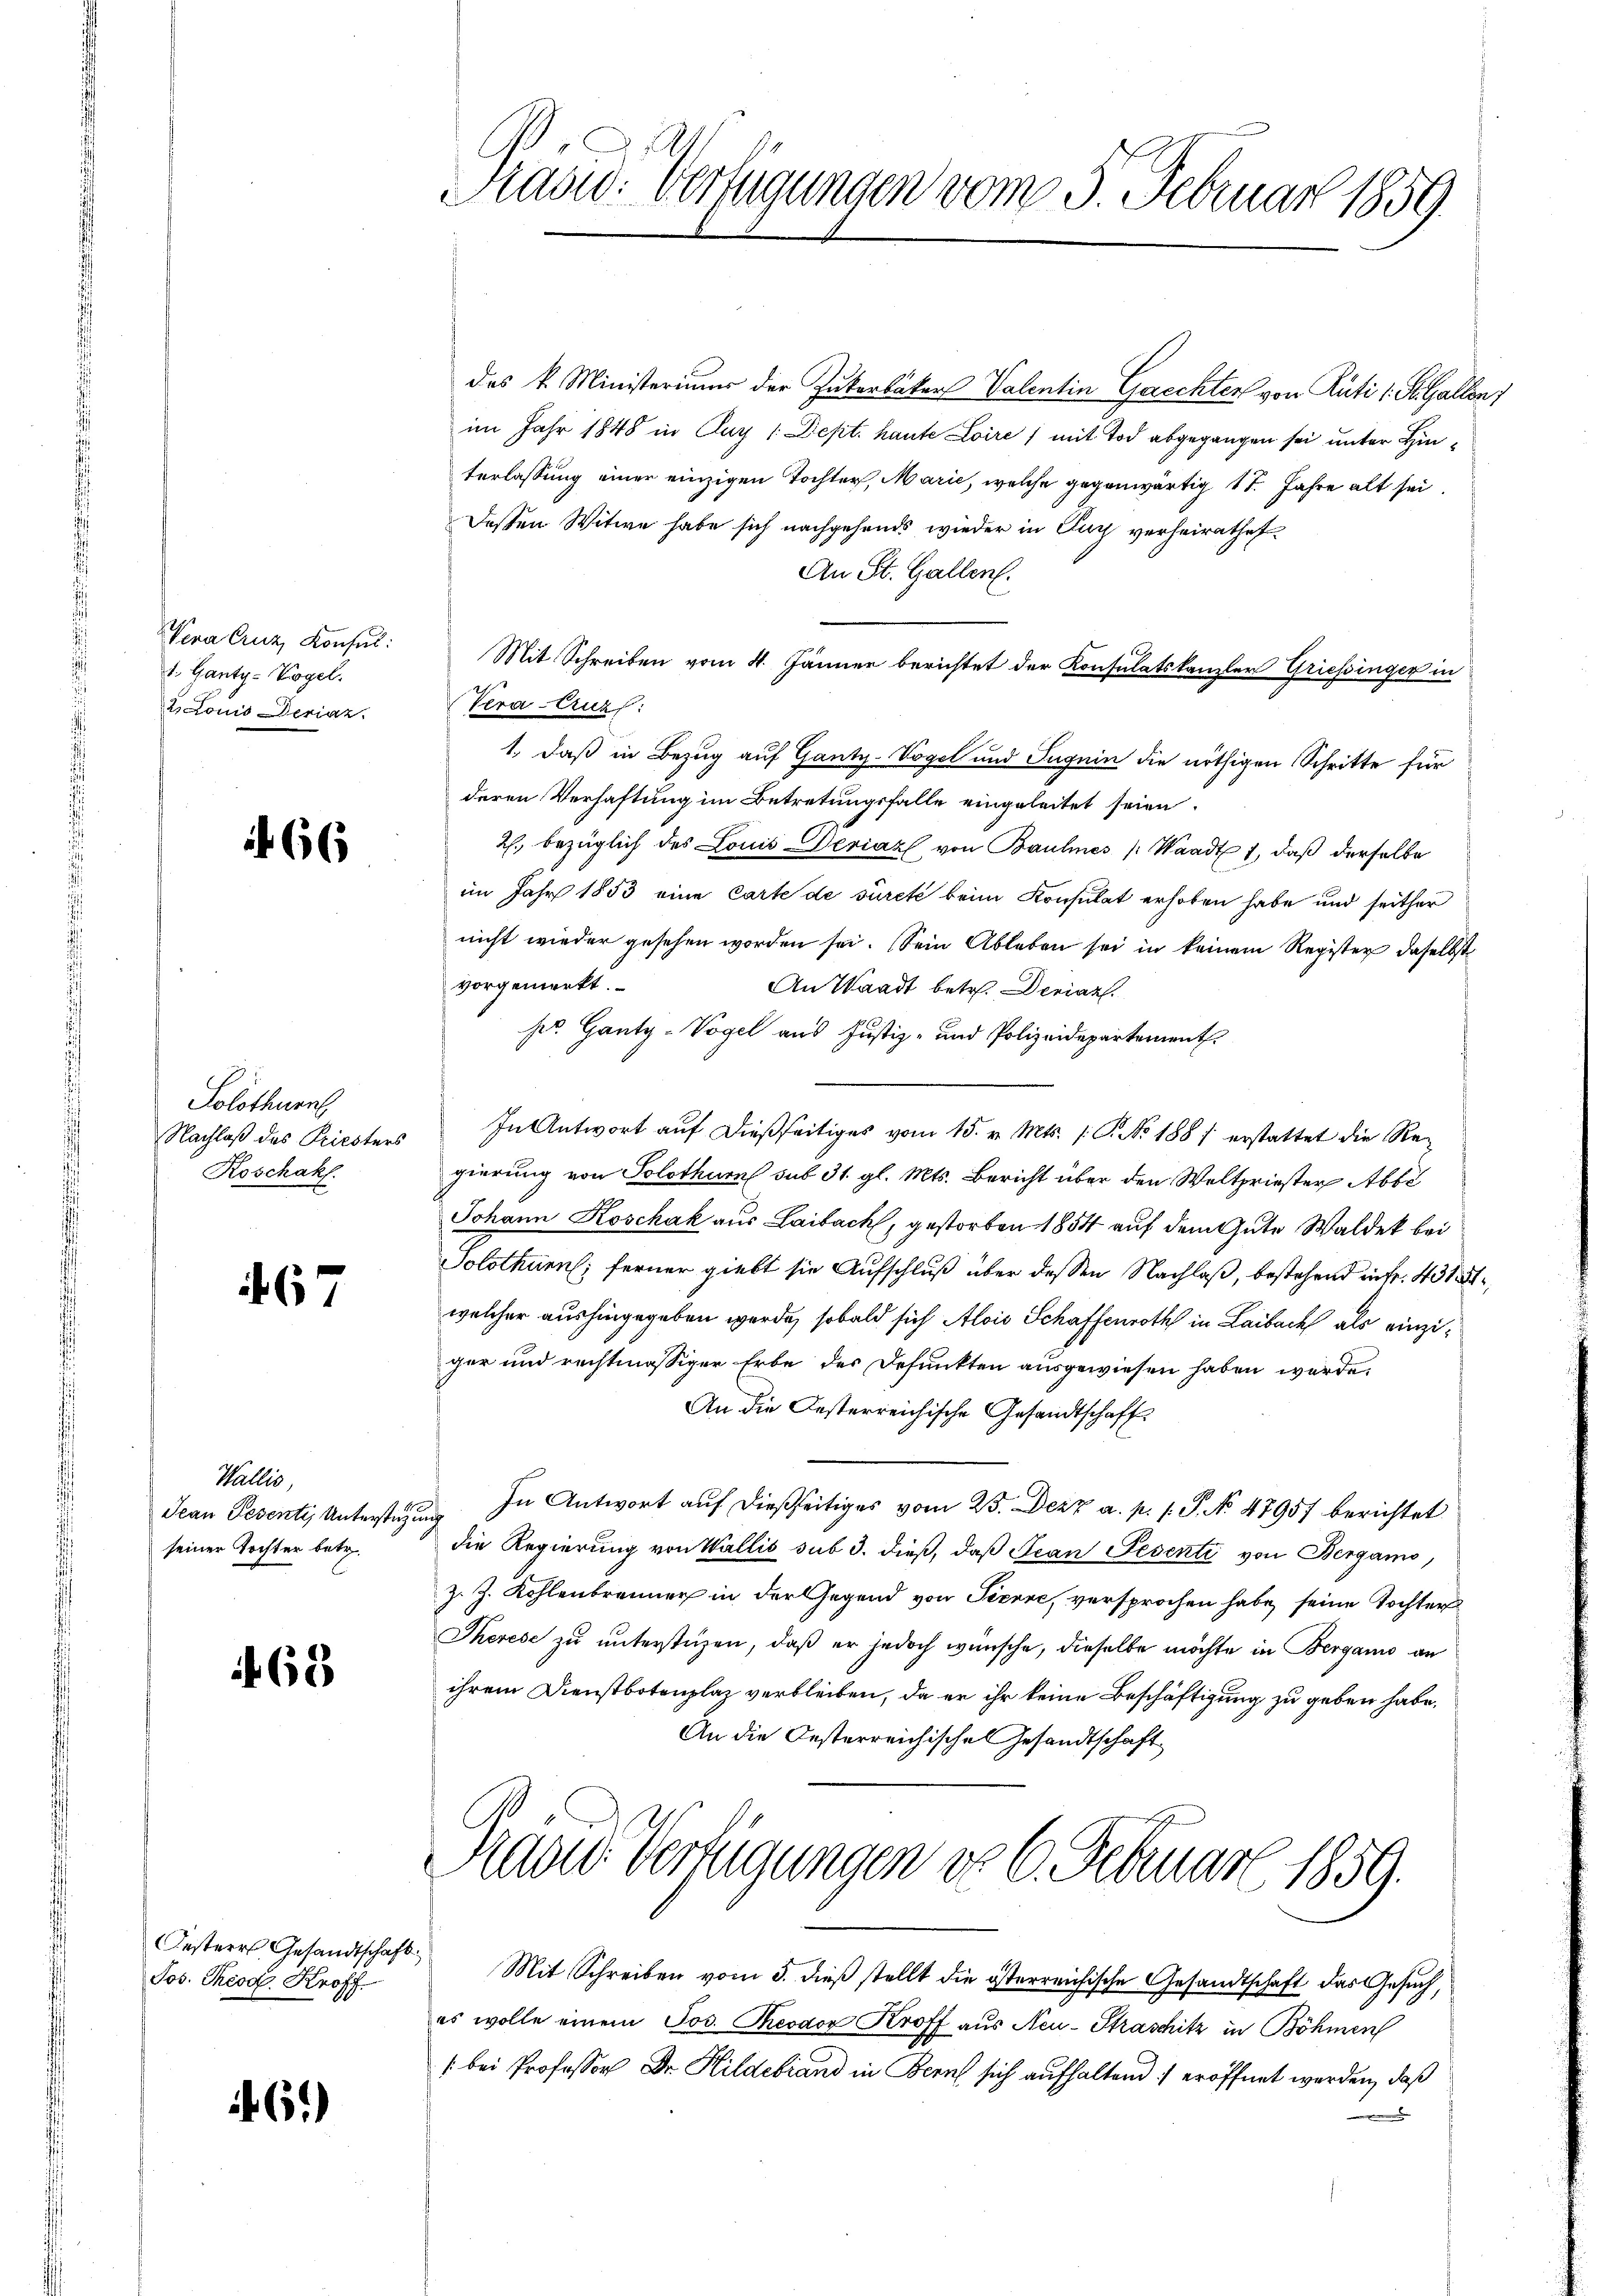
Sera Cuz, Konsul:
1. Ganty-Vogel.
2. Louis Derian.

66

Solothurn
Roschakl.

467

Wallis,
Jean Pesenti, Unterstüzung
seiner Tochter betr.

68

Jos. Theod. Kroff

61)

Radw. Verfügungen vom 3. Februar 1859

des k. Ministeriums der Zukerbäcker Valentin Gaechter von Rüti 1. St. Gallen)
im Jahr 1848 in Day (Dept. haute Loire / mit Tod abgegangen sei unter Hinterlassung einer einzigen Tochter, Marie, welche gegenwärtig 17. Jahre alt sei.
Deßen Witwe habe sich nachgehends wieder in Tuch verheirathet
An St. Gallen.
Mit Schreiben vom 4. Jänner berichtet der Konsulatskanzler Griessinger in
2
Vera-Cruzl:
1., daß in Bezug auf Ganty-Vogel und Jugein die nöthigen Schritte für
deren Verhaftung im Betretungsfalle eingeleitet seien.
2. bezüglich des Louis Werial von Baulines Waadt 1, daß derselbe
im Jahr 1853 eine Carte de sureté beim Konsulat erhoben habe und seither
nicht wieder gesehen worden sei. Sein Ableben sei in keinem Register daselbst
vorgemerkt.
An Waadt betr. Derar.
pr. Ganty-Vogel aus Justiz- und Polizeidepartement.
Nachlaβ des Priesters. In Antwort aŭf dießseitiges vom 15. v. Mts. 1. No. 1887 erstattet die Re-
gierung von Solothurn sub 31. gl. Mts. Bericht über den Weltpriester Abbe
Johann Koschák aus Laibach, gestorben 1854 auf dem Gute Waldek bei
Solothurn, ferner giebt sie Aufschluß über dessen Nachlaß, bestehend in fr. 418,
welcher aushingegeben werde, sobald sich Alois Schaffenroth in Laibach als einziger und rechtmässiger Erbe des Defunkten ausgewiesen haben würde.
An die Oesterreichische Gesandtschaft
In Antwort auf dießseitiges vom 23. Dezz a. p. 1. P. No 47957 berichtet
die Regierung von Wallis sub 3. dieß, daß Jean Pesenti von Bergamo
z. J. Kohlenbrenner in der Gegend von Pierre, versprochen habe, seine Tochter
Therese zu unterstüzen, daß er jedoch wünsche, dieselbe möchte in Bergani an
ihrem Dienstbotenplaz verbleiben, da er ihr keine Beschäftigung zu geben habe,
An die Oesterreichisches Gesandtschaft
Rand Verfügungen do 6. Februar 1859.
esterr Gesandtschaft Mit Schreiben vom 5. dieβ stellt die österreichische Gesandtschaft das Gesuch,
es wolle einem Jos. Theodor Kroff aus Neu-Straschitz in Böhmen
(bei Professor Dr. Hildebrand in Bern sich aufhaltend) eröffnet werden, daß